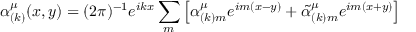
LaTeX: \alpha _ { ( k ) } ^ { \mu } ( x , y ) = ( 2 \pi ) ^ { - 1 } e ^ { i k x } \sum _ { m } \left[ \alpha _ { ( k ) m } ^ { \mu } e ^ { i m ( x - y ) } + \tilde { \alpha } _ { ( k ) m } ^ { \mu } e ^ { i m ( x + y ) } \right]